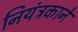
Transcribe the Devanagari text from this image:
नियंत्रकाने